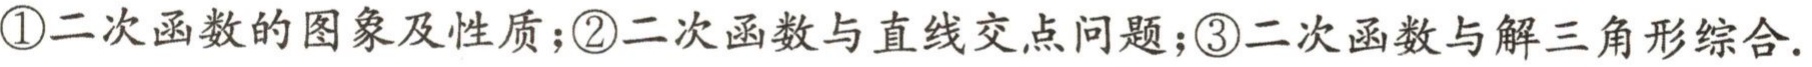
\textcircled{1}二次函数的图象及性质；\textcircled{2}二次函数与直线交点问题；\textcircled{3}二次函数与解三角形综合.